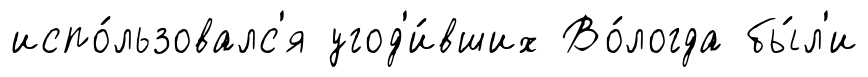
испо́льзовалс'я угод'и́вших Во́логда бы́л'и